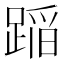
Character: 𨂻